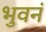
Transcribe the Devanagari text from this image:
भुवनं